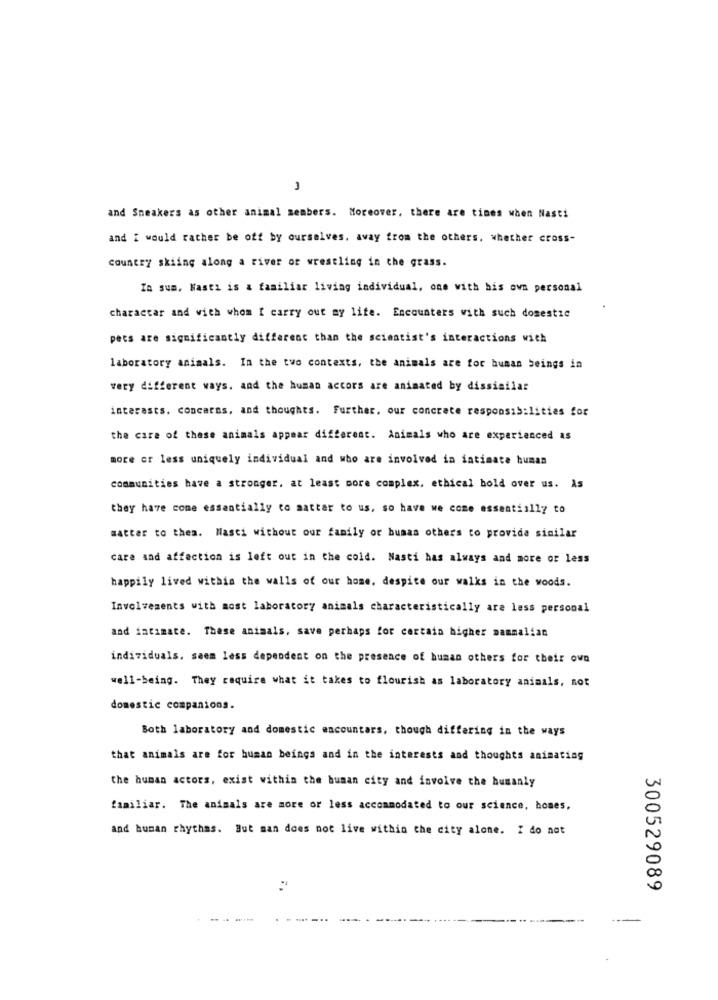
3
and Sneakers as other animal members. Moreover, there are times when Nasti
and i would rather be off by ourselves. away from the others. whether cross-
country skiing along a river of wrestling in the grass.
In sum, Nasti is a familiar living individual, one with his own personal
characcar and with whom I carry out my lite. Encounters with such domestic
pets are significantly different than the scientist's interactions with
laboratory animals. In the two contexts, the animals are for human beings in
very different ways. and the human accors are animated by dissimilar
interests. concerns, and thoughts. Further. our concrete responsibilities for
the care of these animals appear different. Animals who are experienced as
more or less uniquely individual and who are involved in intimate human
communities have a stronger, at least more complex, ethical bold over us. As
they have come essentially to matter to us, so have we come essentially to
matter to thea. Masti without our family or bunas others to provida similar
care and affection is left out in the cold. Nasti has always and more or less
happily lived within the walls of our home, despite our walks in the woods.
Involvements with most laboratory animals characteristically are less personal
and intimate. These animals, save perhaps for certain higher mammalian
individuals. seem less dependent on the presence of human others for their own
well-being. They require what it takes to flourish as laboratory animals, not
domestic companions.
Both laboratory and domestic encounters, though differing in the ways
that animals are for human beings and in the interests and thoughts animating
the human actors, exist within the human city and involve the humanly
familiar. The animals are more or less accommodated to our science, homes,
and human rhythms. But man does not live within the city alone. I do not
300529089